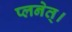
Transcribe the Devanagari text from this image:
प्लनेत्।